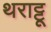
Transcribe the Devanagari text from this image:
थराट्टू